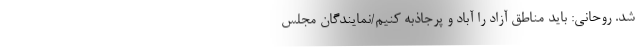
شد. روحانی: باید مناطق آزاد را آباد و پرجاذبه کنیم/نمایندگان مجلس